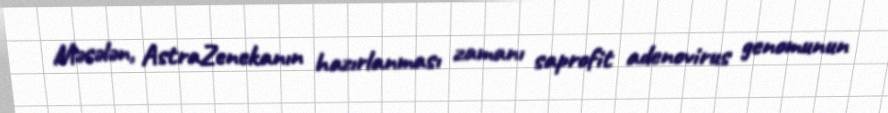
Məsələn, AstraZenekanın hazırlanması zamanı saprofit adenovirus genomunun